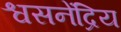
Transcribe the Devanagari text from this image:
श्वसनेंद्रिय